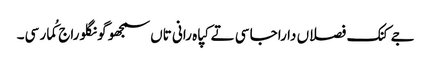
جے کنک فصلاں دا راجا سی تے کپاہ رانی تاں سمجھو گونگلو راج کُمار سی۔